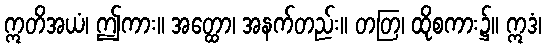
ဣတိအယံ၊ ဤကား။ အတ္ထော၊ အနက်တည်း။ တတြ၊ ထိုစကား၌။ ဣဒံ၊